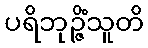
ပရိဘုဉ္ဇိံသူတိ